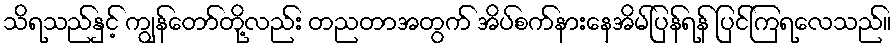
သိရသည်နှင့် ကျွန်တော်တို့လည်း တညတာအတွက် အိပ်စက်နားနေအိမ်ပြန်ရန် ပြင်ကြရလေသည်။